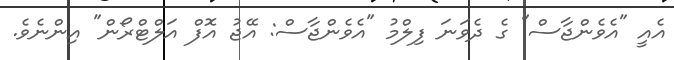
އެއީ "އެވެންޖާސް" ގެ ދެވަނަ ފިލްމު "އެވެންޖާސް: އޭޖު އޮފް އަލްޓްރޯން" އިންނެވެ.